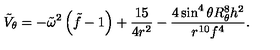
\tilde { V } _ { \theta } = - \tilde { \omega } ^ { 2 } \left( \tilde { f } - 1 \right) + { \frac { 1 5 } { 4 r ^ { 2 } } } - { \frac { 4 \sin ^ { 4 } \theta R _ { \theta } ^ { 8 } { h } ^ { 2 } } { r ^ { 1 0 } f ^ { 4 } } } .